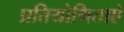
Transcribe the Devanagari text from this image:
प्रतियोगिताऐ